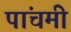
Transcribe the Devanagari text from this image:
पांचमी